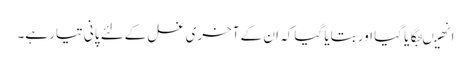
انھیںجگایا گیا اور بتایا گیا کہ ان کے آخری غسل کےلئے پانی تیار ہے۔